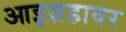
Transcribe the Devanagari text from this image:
आइज़हावर